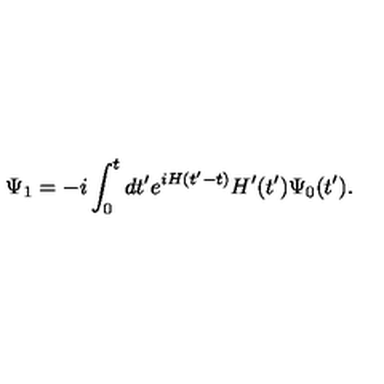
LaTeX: \Psi _ { 1 } = - i \int _ { 0 } ^ { t } d t ^ { \prime } e ^ { i H ( t ^ { \prime } - t ) } H ^ { \prime } ( t ^ { \prime } ) \Psi _ { 0 } ( t ^ { \prime } ) .